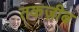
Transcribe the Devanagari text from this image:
तकज़ीब